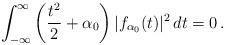
LaTeX: \begin{align*}\int_{-\infty}^\infty\left(\frac{t^2}2+\alpha_0\right)|f_{\alpha_0}(t)|^2\,dt=0\,.\end{align*}